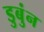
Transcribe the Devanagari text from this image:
डुबुंन